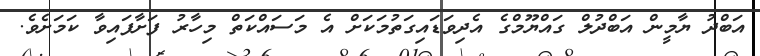
އަބްދު ޔާމީން އަބްދުލް ގައްޔޫމްގެ އެދިވަޑައިގަތުމަކަށް އެ މަސައްކަތް މިހާރު ފަށާފައިވާ ކަމަށެވެ.